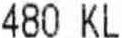
480 KL